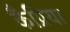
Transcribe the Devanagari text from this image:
कैप्रिया